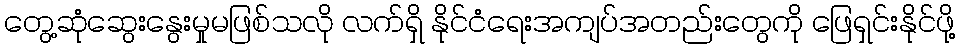
တွေ့ဆုံဆွေးနွေးမှုမဖြစ်သလို လက်ရှိ နိုင်ငံရေးအကျပ်အတည်းတွေကို ဖြေရှင်းနိုင်ဖို့